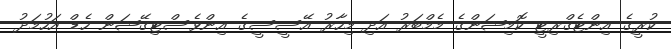
ކުރީގެ އިންޓެގްރިޓީ ކޮމިޝަންގެ މެމްބަރު އަދި މިހާރު އޭސީސީގެ އިންވެސްޓިގޭޝަން ހެޑް އަހުމަދު